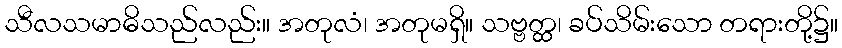
သီလသမာဓိသည်လည်း။ အတုလံ၊ အတုမရှိ။ သဗ္ဗတ္ထ၊ ခပ်သိမ်းသော တရားတို့၌။